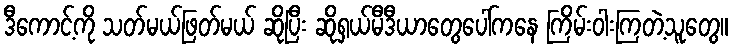
ဒီကောင့်ကို သတ်မယ်ဖြတ်မယ် ဆိုပြီး ဆိုရှယ်မီဒီယာတွေပေါ်ကနေ ကြိမ်းဝါးကြတဲ့သူတွေ။